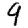
Digit: 9